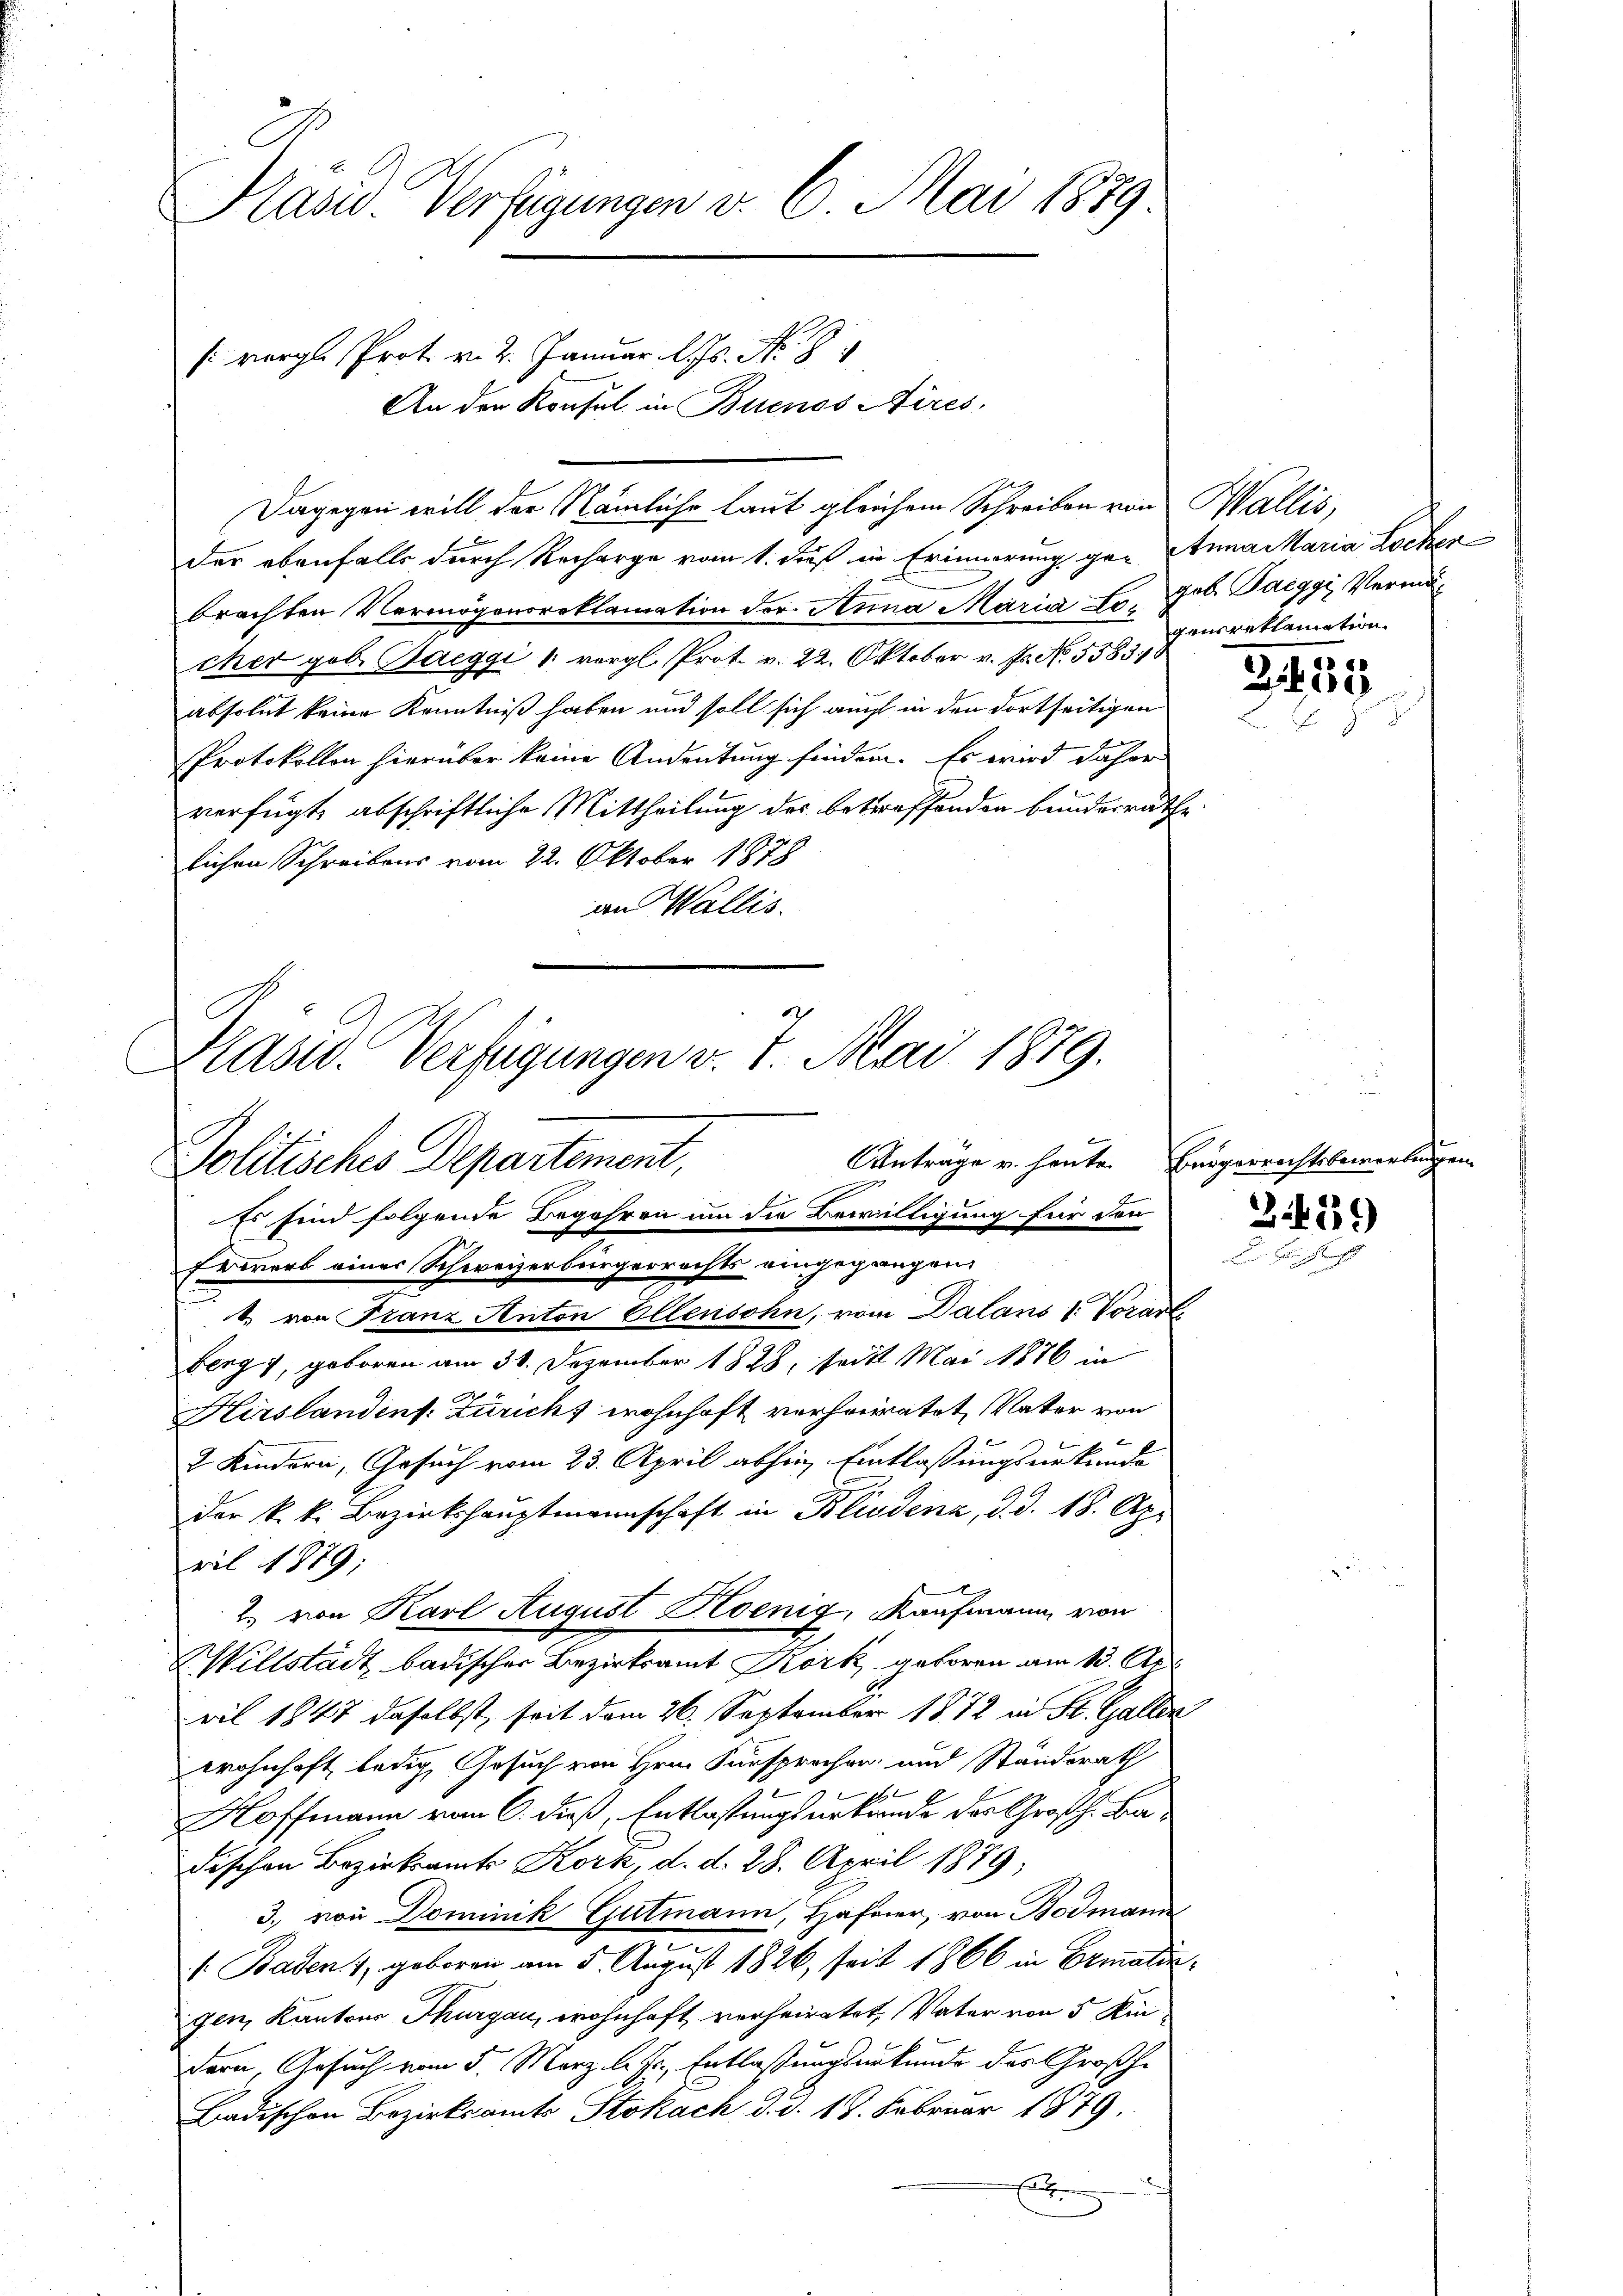
Hand Verfügungen d. 6. Mai 1849

vergl. Prot. v. 2. Januar l. No. 94
An den Konsul in Buenos Aires.
s
Der ebenfalls durch Recharge vom 1. daß in Erinnerung ge- Anna Maria Lochen
brachten Vermögensroklamation der Anna Maria Fr. geb. Paeggi Vermöcher gob. Baeggi 1 vergl. Prot. v. 22. Oktober v. Js. No. 5583/
absolut keine Kenntniß haben und soll sich auch in den dortseitigen
Protokollen hierüber keine Andeutung finden. Es wird daher
verfügt, abschriftliche Mittheilung des betreffenden bundesrathe
lichen Schreibens vom 22. Oktober 1878
an Wallis.

Plasid. Verfügungen v. 7. Mai 1879.
Anträge v. heute.
Politisches Departement,
Es sind folgende Begehren um die Bewilligung für den

2. von Karl August Poenig, Kaufmann von

Dagegen will der Nämliche laut gleichem Schreiben von Wallis,

Eewerb eines Schweizerbürgerrechts eingegangen,
t. von Franz Anton Ellensohn, vom Dalans 1. Vorarl
berg, geboren am 30. Dezember 1828, seit Mai 1876 in
Hirslandens. Züricht wohnhaft verheiratet, Vater von
2 Kindern, Gesuch vom 23. April abhin Entlassungsurkunda
der k. k. Bezirkshauptmannschaft in Kliedena, d. d. 18. Apr
ril 1879;
WWillstadt badischer Bezirksamt Kork geboren am 13. Ap
ril 1847 daselbst, seit dem 26. September 1872 in St. Gallen
wohnhaft ledig, Gesuch von Hrn. Fürsprochen und Standerath
Hoffmann vom 6. dieß, Entlastungsurkunde des Großh. Badischen Bezirksamts Kork, d. d. 28. April 1879;
3. von Dominik Gutmann, Hafner, von Bodmann
 Baden, geboren am 5. August 1826, seit 1866 in Ermatin,
igen Kantons Thurgau, wohnhaft verheiratet, Vater von 5 Kindern, Gesuch vom 5. März l. Js. Entlassungsurkunde des Großhe
Badischen Bezirksamts Stokach, d. d. 18. Februar 1879.
s
x

genereklamation

3455

Bürgerrechtsbewerbungen

3.429